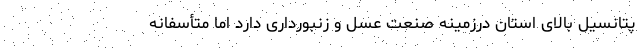
پتانسیل بالای استان درزمینهٔ صنعت عسل و زنبورداری دارد اما متأسفانه